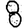
Digit: 8